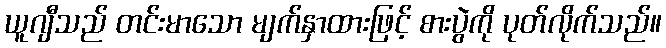
ယူဂျီသည် တင်းမာသော မျက်နှာထားဖြင့် စားပွဲကို ပုတ်လိုက်သည်။